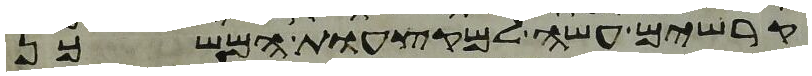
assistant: קרשים עשה למקצעות המשכן